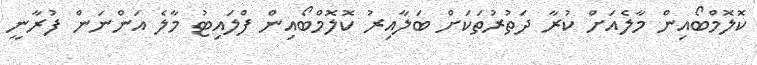
ކޮލޮމްބޯއިން މާލެއަށް ކުރާ ދަތުރުތަކަށް ބަލާއިރު ކޮލޮމްބޯއިން ފްލައިޓު މާލެ އަންނަން ފުރާނީ